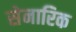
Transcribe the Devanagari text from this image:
सेनारिक